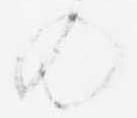
の